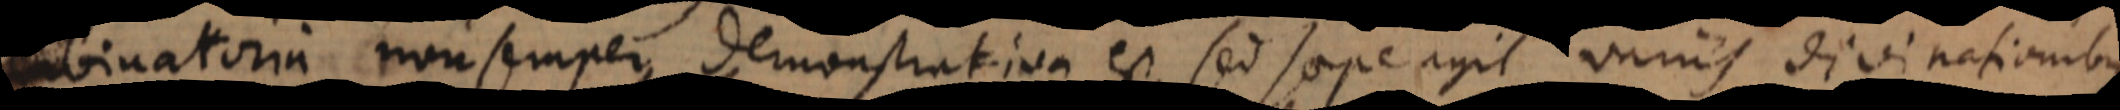
Combinatoria non semper demonstrativa est, sed saepe agit variis divinationibus